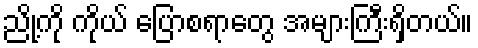
ညို့ကို ကိုယ် ပြောစရာတွေ အများကြီးရှိတယ်။